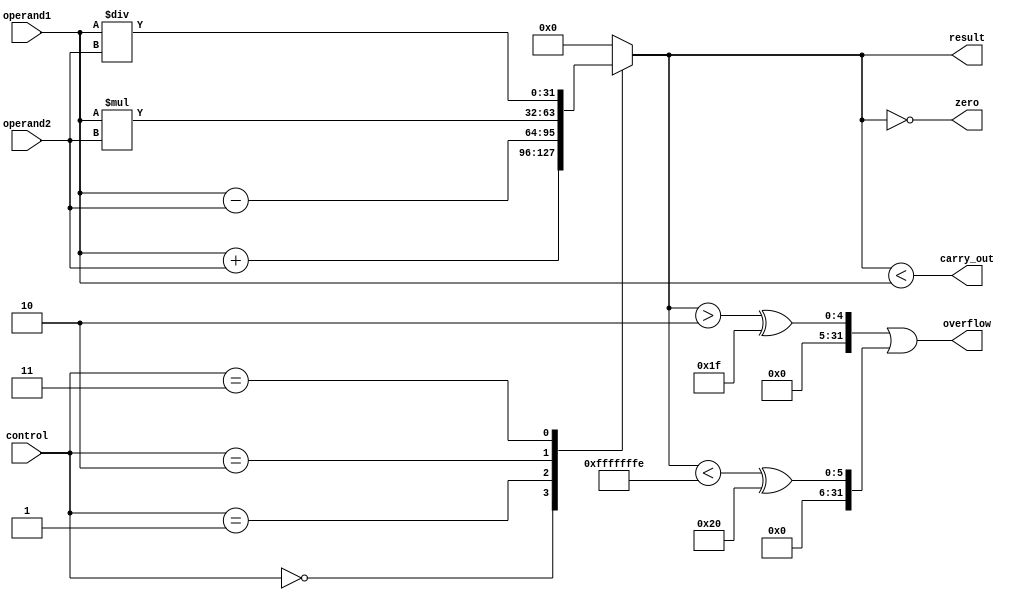
module ALU (
    input [31:0] operand1,
    input [31:0] operand2,
    input [2:0] control,
    output reg [31:0] result,
    output reg carry_out,
    output reg overflow,
    output reg zero
);

reg [31:0] add_result, sub_result, mul_result, div_result;

// Adder module
assign add_result = operand1 + operand2;
// Subtractor module
assign sub_result = operand1 - operand2;
// Multiplier module
assign mul_result = operand1 * operand2;
// Divider module
assign div_result = operand1 / operand2;

always @(*) begin
    case(control)
        3'b000: result = add_result; // Addition
        3'b001: result = sub_result; // Subtraction
        3'b010: result = mul_result; // Multiplication
        3'b011: result = div_result; // Division
        default: result = 32'b0; // Default
    endcase

    carry_out = (result < operand1); // Check carry out
    overflow = (result > 2^32-1) || (result < -2^32); // Check overflow
    zero = (result == 0); // Check zero
end

endmodule